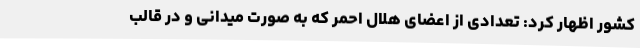
کشور اظهار کرد: تعدادی از اعضای هلال احمر که به صورت میدانی و در قالب